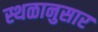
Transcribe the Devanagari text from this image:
स्थळानुसार